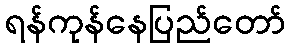
ရန်ကုန်နေပြည်တော်